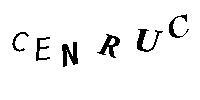
CENRUC